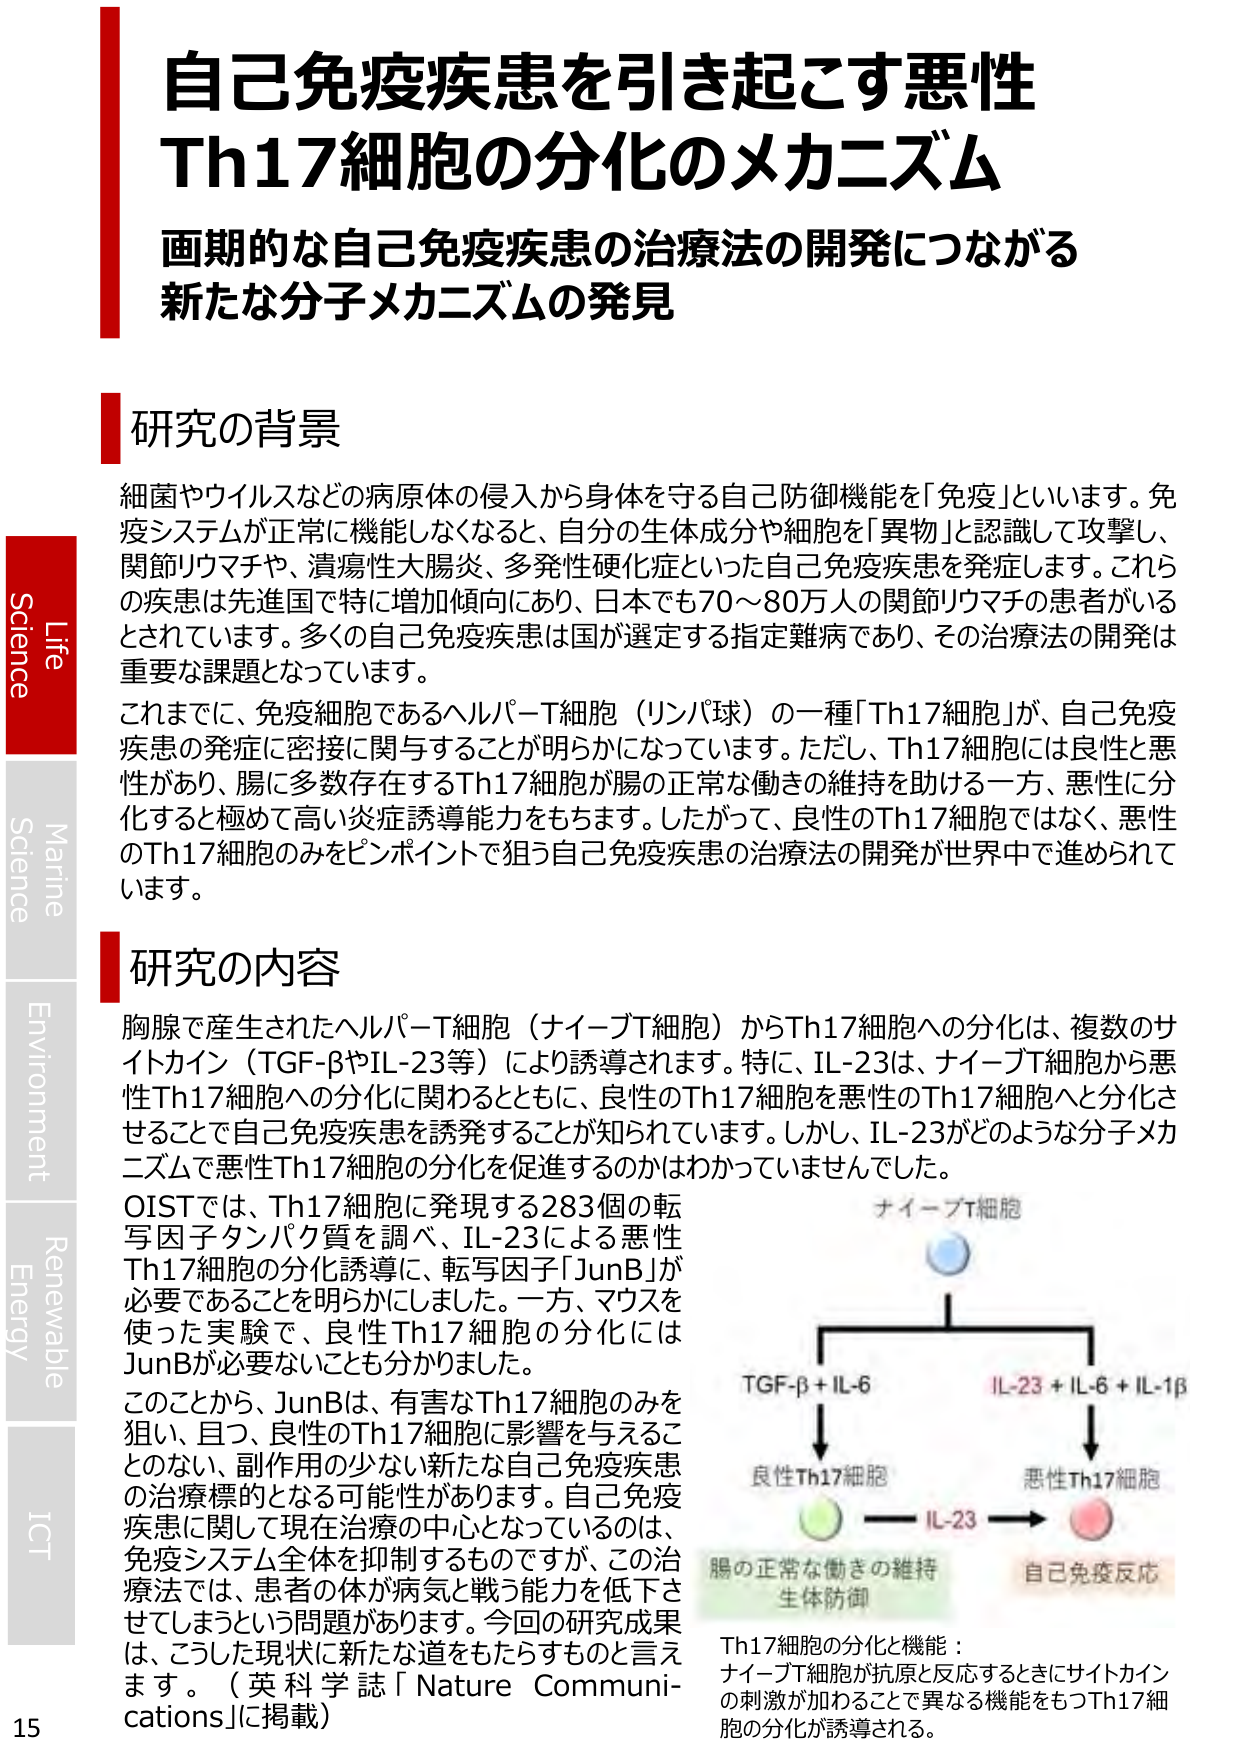
自己免疫疾患を引き起こす悪性
Th17細胞の分化のメカニズム
画期的な自己免疫疾患の治療法の開発につながる
新たな分子メカニズムの発見

研究の背景
細菌やウイルスなどの病原体の侵入から身体を守る自己防御機能を「免疫」といいます。免疫システムが正常に機能しなくなると、自分の生体成分や細胞を「異物」と認識して攻撃し、関節リウマチや、潰瘍性大腸炎、多発性硬化症といった自己免疫疾患を発症します。これらの疾患は先進国で特に増加傾向にあり、日本でも70～80万人の関節リウマチの患者がいるとされています。多くの自己免疫疾患は国が選定する指定難病であり、その治療法の開発は重要な課題となっています。
これまでに、免疫細胞であるヘルパーT細胞（リンパ球）の一種「Th17細胞」が、自己免疫疾患の発症に密接に関与することが明らかになっています。ただし、Th17細胞には良性と悪性があり、腸に多数存在するTh17細胞が腸の正常な働きの維持を助ける一方、悪性に分化すると極めて高い炎症誘導能力をもちます。したがって、良性のTh17細胞ではなく、悪性のTh17細胞のみをピンポイントで狙う自己免疫疾患の治療法の開発が世界中で進められています。

研究の内容
胸腺で産生されたヘルパーT細胞（ナイーブT細胞）からTh17細胞への分化は、複数のサイトカイン（TGF-βやIL-23等）により誘導されます。特に、IL-23は、ナイーブT細胞から悪性Th17細胞への分化に関わるとともに、良性のTh17細胞を悪性のTh17細胞へと分化させることで自己免疫疾患を誘発することが知られています。しかし、IL-23がどのような分子メカニズムで悪性Th17細胞の分化を促進するのかはわかっていませんでした。
OISTでは、Th17細胞に発現する283個の転写因子タンパク質を調べ、IL-23による悪性Th17細胞の分化誘導に、転写因子「JunB」が必要であることを明らかにしました。一方、マウスを使った実験で、良性Th17細胞の分化にはJunBが必要ないことも分かりました。
このことから、JunBは、有害なTh17細胞のみを狙い、且つ、良性のTh17細胞に影響を与えることのない、副作用の少ない新たな自己免疫疾患の治療標的となる可能性があります。自己免疫疾患に関して現在治療の中心となっているのは、免疫システム全体を抑制するものですが、この治療法では、患者の体が病気と戦う能力を低下させてしまうという問題があります。今回の研究成果は、こうした現状に新たな道をもたらすものと言えます。（英科学誌「Nature Communications」に掲載）

ナイーブT細胞
TGF-β + IL-6
IL-23 + IL-6 + IL-1β
良性Th17細胞
悪性Th17細胞
IL-23
腸の正常な働きの維持
生体防御
自己免疫反応

Th17細胞の分化と機能：
ナイーブT細胞が抗原と反応するときにサイトカインの刺激が加わることで異なる機能をもつTh17細胞の分化が誘導される。

Life
Science
Marine
Science
Environment
Renewable
Energy
ICT
15